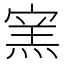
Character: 𰍔